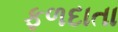
ફળદાતા